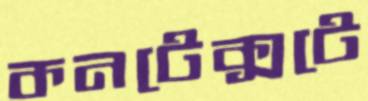
কনটেক্সটে